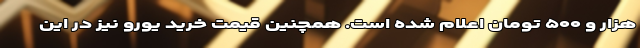
هزار و ۵۰۰ تومان اعلام شده است. همچنین قیمت خرید یورو نیز در این